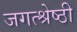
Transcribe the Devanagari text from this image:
जगत्श्रेष्ठी